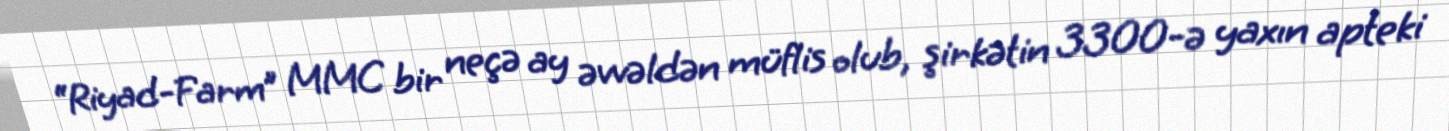
“Riyad-Farm” MMC bir neçə ay əvvəldən müflis olub, şirkətin 3300-ə yaxın apteki